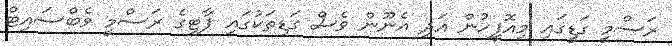
ރަސްމީ ގަޑީގައި މިއޮފީހުން އަދި އެނޫން ވެސް ގަޑިތަކުގައި ޕާޓީގެ ރަސްމީ ވެބްސައިޓް